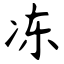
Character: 冻